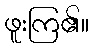
ဖူးကြ၏။